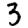
Digit: 3